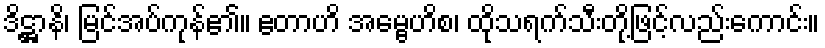
ဒိဋ္ဌာနိ၊ မြင်အပ်ကုန်၏။ ဧတာဟိ အမ္ဗေဟိစ၊ ထိုသရက်သီးတို့ဖြင့်လည်းကောင်း။